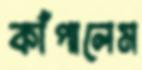
কাঁপালেম